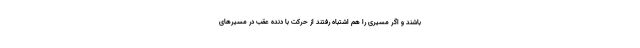
باشند و اگر مسیری را هم اشتباه رفتند از حرکت با دنده عقب در مسیرهای